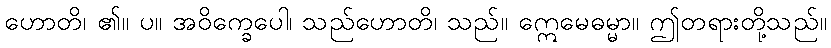
ဟောတိ၊ ၏။ ပ။ အဝိက္ခေပေါ၊ သည်ဟောတိ၊ သည်။ ဣေမေဓမ္မာ။ ဤတရားတို့သည်။